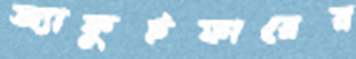
অ্যাকুইফারের